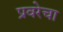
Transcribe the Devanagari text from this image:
प्रवरेचा